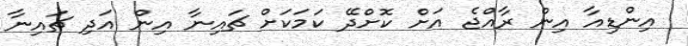
އިންޑިއާ އިން ރާއްޖެ އަށް ކޮށްދޭ ކަމަކަށް ޗައިނާ އިން އަދި ޗައިނާ